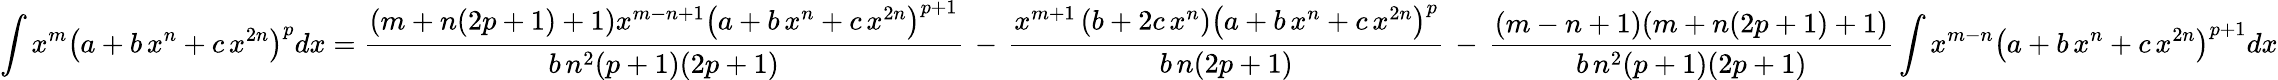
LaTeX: \int x^{m}\left(a+b\, x^{n}+c\, x^{2n}\right)^{p}dx={\frac{(m+n(2p+1)+1)x^{m-n+1}\left(a+b\, x^{n}+c\, x^{2n}\right)^{p+1}}{b\, n^{2}(p+1)(2p+1)}}\, -\, {\frac{x^{m+1}\left(b+2c\, x^{n}\right)\left(a+b\, x^{n}+c\, x^{2n}\right)^{p}}{b\, n(2p+1)}}\, -\, {\frac{(m-n+1)(m+n(2p+1)+1)}{b\, n^{2}(p+1)(2p+1)}}\int x^{m-n}\left(a+b\, x^{n}+c\, x^{2n}\right)^{p+1}dx